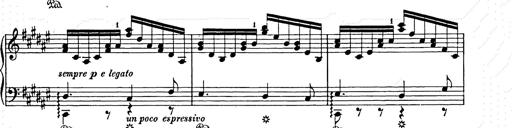
Title: Weihnachtsbaum
Composer: Franz Liszt